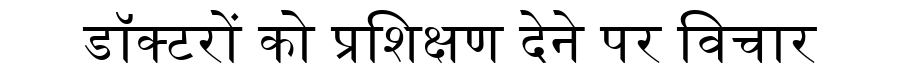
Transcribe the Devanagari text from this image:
डॉक्टरों को प्रशिक्षण देने पर विचार